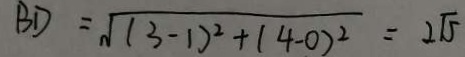
B D = \sqrt { ( 3 - 1 ) ^ { 2 } + ( 4 - 0 ) ^ { 2 } } = 2 \sqrt { 5 }